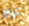
عراة